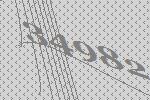
34982